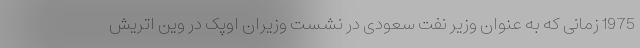
1975 زمانی که به عنوان وزیر نفت سعودی در نشست وزیران اوپک در وین اتریش